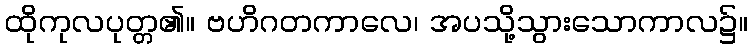
ထိုကုလပုတ္တ၏။ ဗဟိဂတကာလေ၊ အပသို့သွားသောကာလ၌။